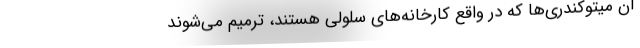
آن میتوکندری‌ها که در واقع کارخانه‌های سلولی هستند، ترمیم می‌شوند